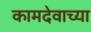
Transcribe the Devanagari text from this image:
कामदेवाच्या